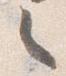
々